Insane asylums in Bengal annual reports 1876-1887 - 1876-1887
Year: 1876
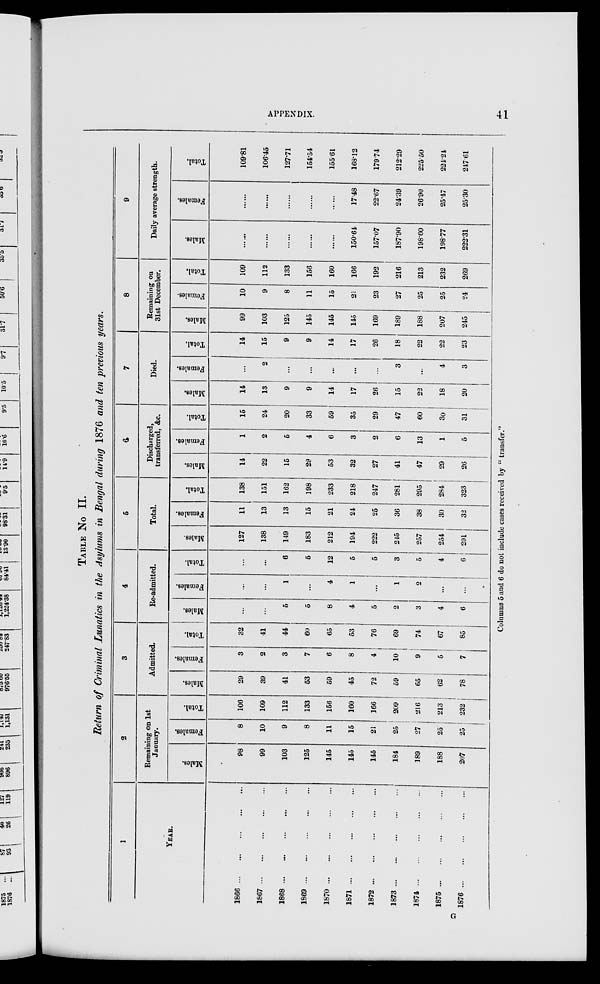
APPENDIX.
41
TABLE NO
II.
Return of Criminal Lunatics in the Asylums in Bengal during 1876 and ten previous years.
1
YEAR.
1866
...
...
...
...
...
1867...
...
...
...
...
1868...
...
...
...
...
1869...
...
...
...
...
1870...
...
...
...
...
1871...
...
...
...
...
1872...
...
...
...
...
1873...
...
...
...
...
1874...
...
...
...
...
1875...
...
...
...
...
1876...
...
...
...
...
2
Remaining on 1st
January.
Males.
98
99
103
125
145
145
145
184
189
188
207
Females.
8
10
9
8
11
15
21
25
27
25
25
Total.
106
109
112
133
156
160
166
209
216
213
232
3
Admitted.
Males.
29
39
41
53
59
45
72
59
65
62
78
Females.
3
2
3
7
6
8
4
10
9
5
7
Total.
32
41
44
60
65
53
76
69
74
67
85
4
Re-admitted.
Males.
...
...
5
5
8
4
5
2
3
4
6
Females.
...
...
1
...
4
1
...
1
2
...
...
Total.
...
...
6
5
12
5
5
3
5
4
6
5
Total.
Males.
127
138
149
183
212
194
222
245
257
254
291
Females.
11
13
13
15
21
24
25
36
38
30
32
Total.
138
151
162
198
233
218
247
281
295
284
323
6
Discharged,
transferred, &c.
Males.
14
22
15
29
53
32
27
41
47
29
26
Females.
1
2
5
4
6
3
2
6
13
1
5
Total.
15
24
20
33
59
35
29
47
60
30
31
7
Died.
Males.
14
13
9
9
14
17
26
15
22
18
20
Females.
...
2
...
...
...
...
...
3
...
4
3
Total.
14
15
9
9
14
17
26
18
22
22
23
8
Remaining on
31st December.
Males.
99
103
125
145
145
145
169
189
188
207
245
Females.
10
9
8
11
15
21
23
27
25
25
24
Total.
109
112
133
156
160
166
192
216
213
232
269
9
Daily average strength.
Males.
......
......
......
......
......
150.64
157.07
187.90
198.60
198.77
222.31
Females.
......
......
......
......
......
17.48
22.67
24.39
26.90
25.47
25.30
Total.
109.81
106.45
127.71
154.54
155.61
168.12
179.74
212.29
225.50
224.24
217.61
Columns 5 and 6 do not include cases received by " transfer."
G